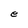
Character: e